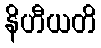
နိဟီယတိ